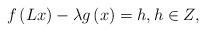
LaTeX: \begin{align*}f\left( Lx\right) -\lambda g\left( x\right) =h,h\in Z,\ \end{align*}